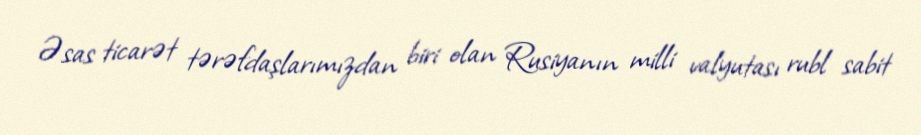
Əsas ticarət tərəfdaşlarımızdan biri olan Rusiyanın milli valyutası rubl sabit